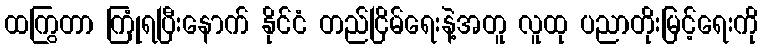
ထကြွတာ ကြုံရပြီးနောက် နိုင်ငံ တည်ငြိမ်ရေးနဲ့အတူ လူထု ပညာတိုးမြင့်ရေးကို